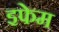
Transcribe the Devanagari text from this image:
इफेम